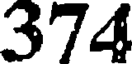
374